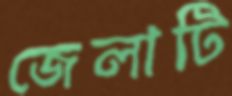
জেলাটি